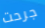
جرحت